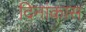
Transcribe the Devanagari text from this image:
दिनांकास